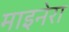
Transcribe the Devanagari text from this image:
माइनेरा